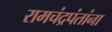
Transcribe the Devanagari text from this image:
रामचंद्रपंतांना